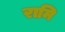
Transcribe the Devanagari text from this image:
रामि